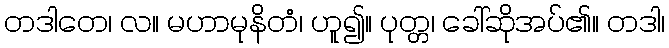
တဒါတေ၊ လ။ မဟာမုနိတံ၊ ဟူ၍။ ပုတ္တ၊ ခေါ်ဆိုအပ်၏။ တဒါ၊